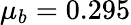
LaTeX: \mu_{b}=0.295